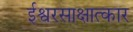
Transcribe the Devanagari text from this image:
ईश्वरसाक्षात्कार